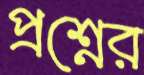
প্রশ্নের